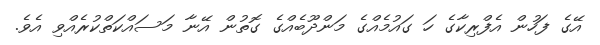
އޭގެ ފަހުން އެފްރިކާގެ ހަ ގައުމެއްްގެ މަންދޫބެއްގެ ގޮތުން އޭނާ މަސައްކަތްކުރެއްވި އެވެ.